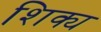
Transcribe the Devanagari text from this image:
शिक्य